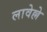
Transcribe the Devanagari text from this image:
लावेल्ले